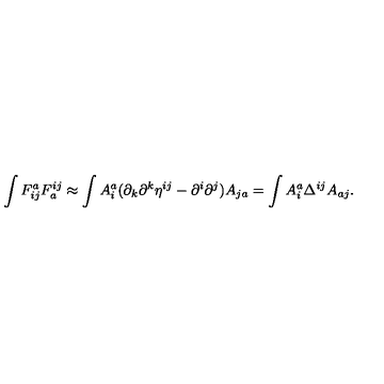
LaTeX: \int F _ { i j } ^ { a } F _ { a } ^ { i j } \approx \int A _ { i } ^ { a } ( \partial _ { k } \partial ^ { k } \eta ^ { i j } - \partial ^ { i } \partial ^ { j } ) A _ { j a } = \int A _ { i } ^ { a } \Delta ^ { i j } A _ { a j } .